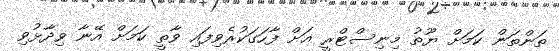
ތަންތަން ކަމަށް ޔޫތު މިނިސްޓްރީ އަށް ފާހަގަކުރެވިފައި ވާތީ ކަމަށް އޭނާ ވިދާޅުވި